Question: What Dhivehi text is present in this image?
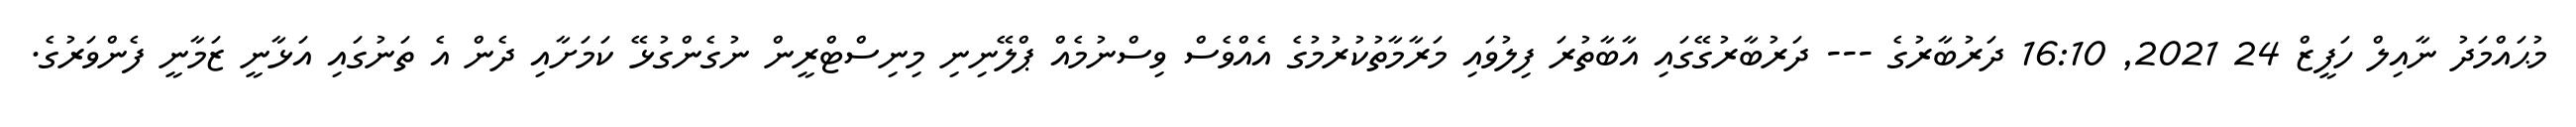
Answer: މުޙައްމަދު ނާއިލް ހަފީޒް 24 2021, 16:10 ދަރުބާރުގެ --- ދަރުބާރުގޭގައި އާބާތުރަ ފިލުވައި މަރާމާތުކުރުމުގެ އެއްވެސް ވިސްނުމެއް ޕްލޭނިނި މިނިސްޓްރީން ނުގެންގުޅޭ ކަމަށާއި ދެން އެ ތަނުގައި އަޅާނީ ޒަމާނީ ފެންވަރުގެ.